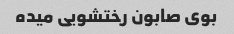
بوی صابون رختشویی میده